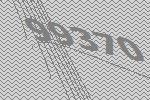
99370